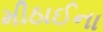
મીઠાઈના